Annual report on the working of the Harcourt Butler Institute of Public Health, Rangoon
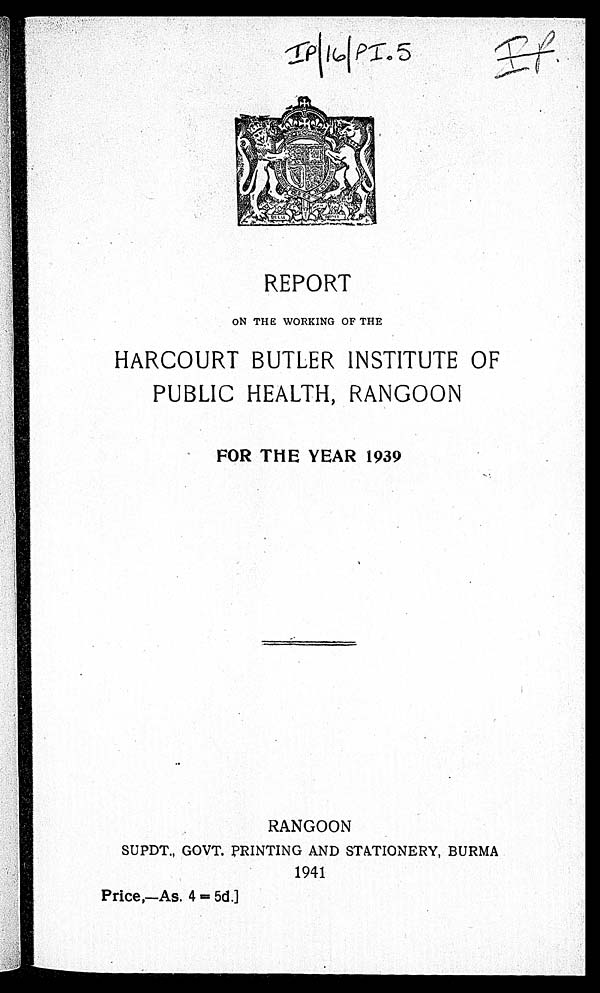
IP|16|PI.5
REPORT
ON THE WORKING OF THE
HARCOURT BUTLER INSTITUTE OF
PUBLIC HEALTH, RANGOON
FOR THE YEAR 1939
RANGOON
SUPDT., GOVT. PRINTING AND STATIONERY, BURMA
1941
Price,—As. 4 = 5d.]